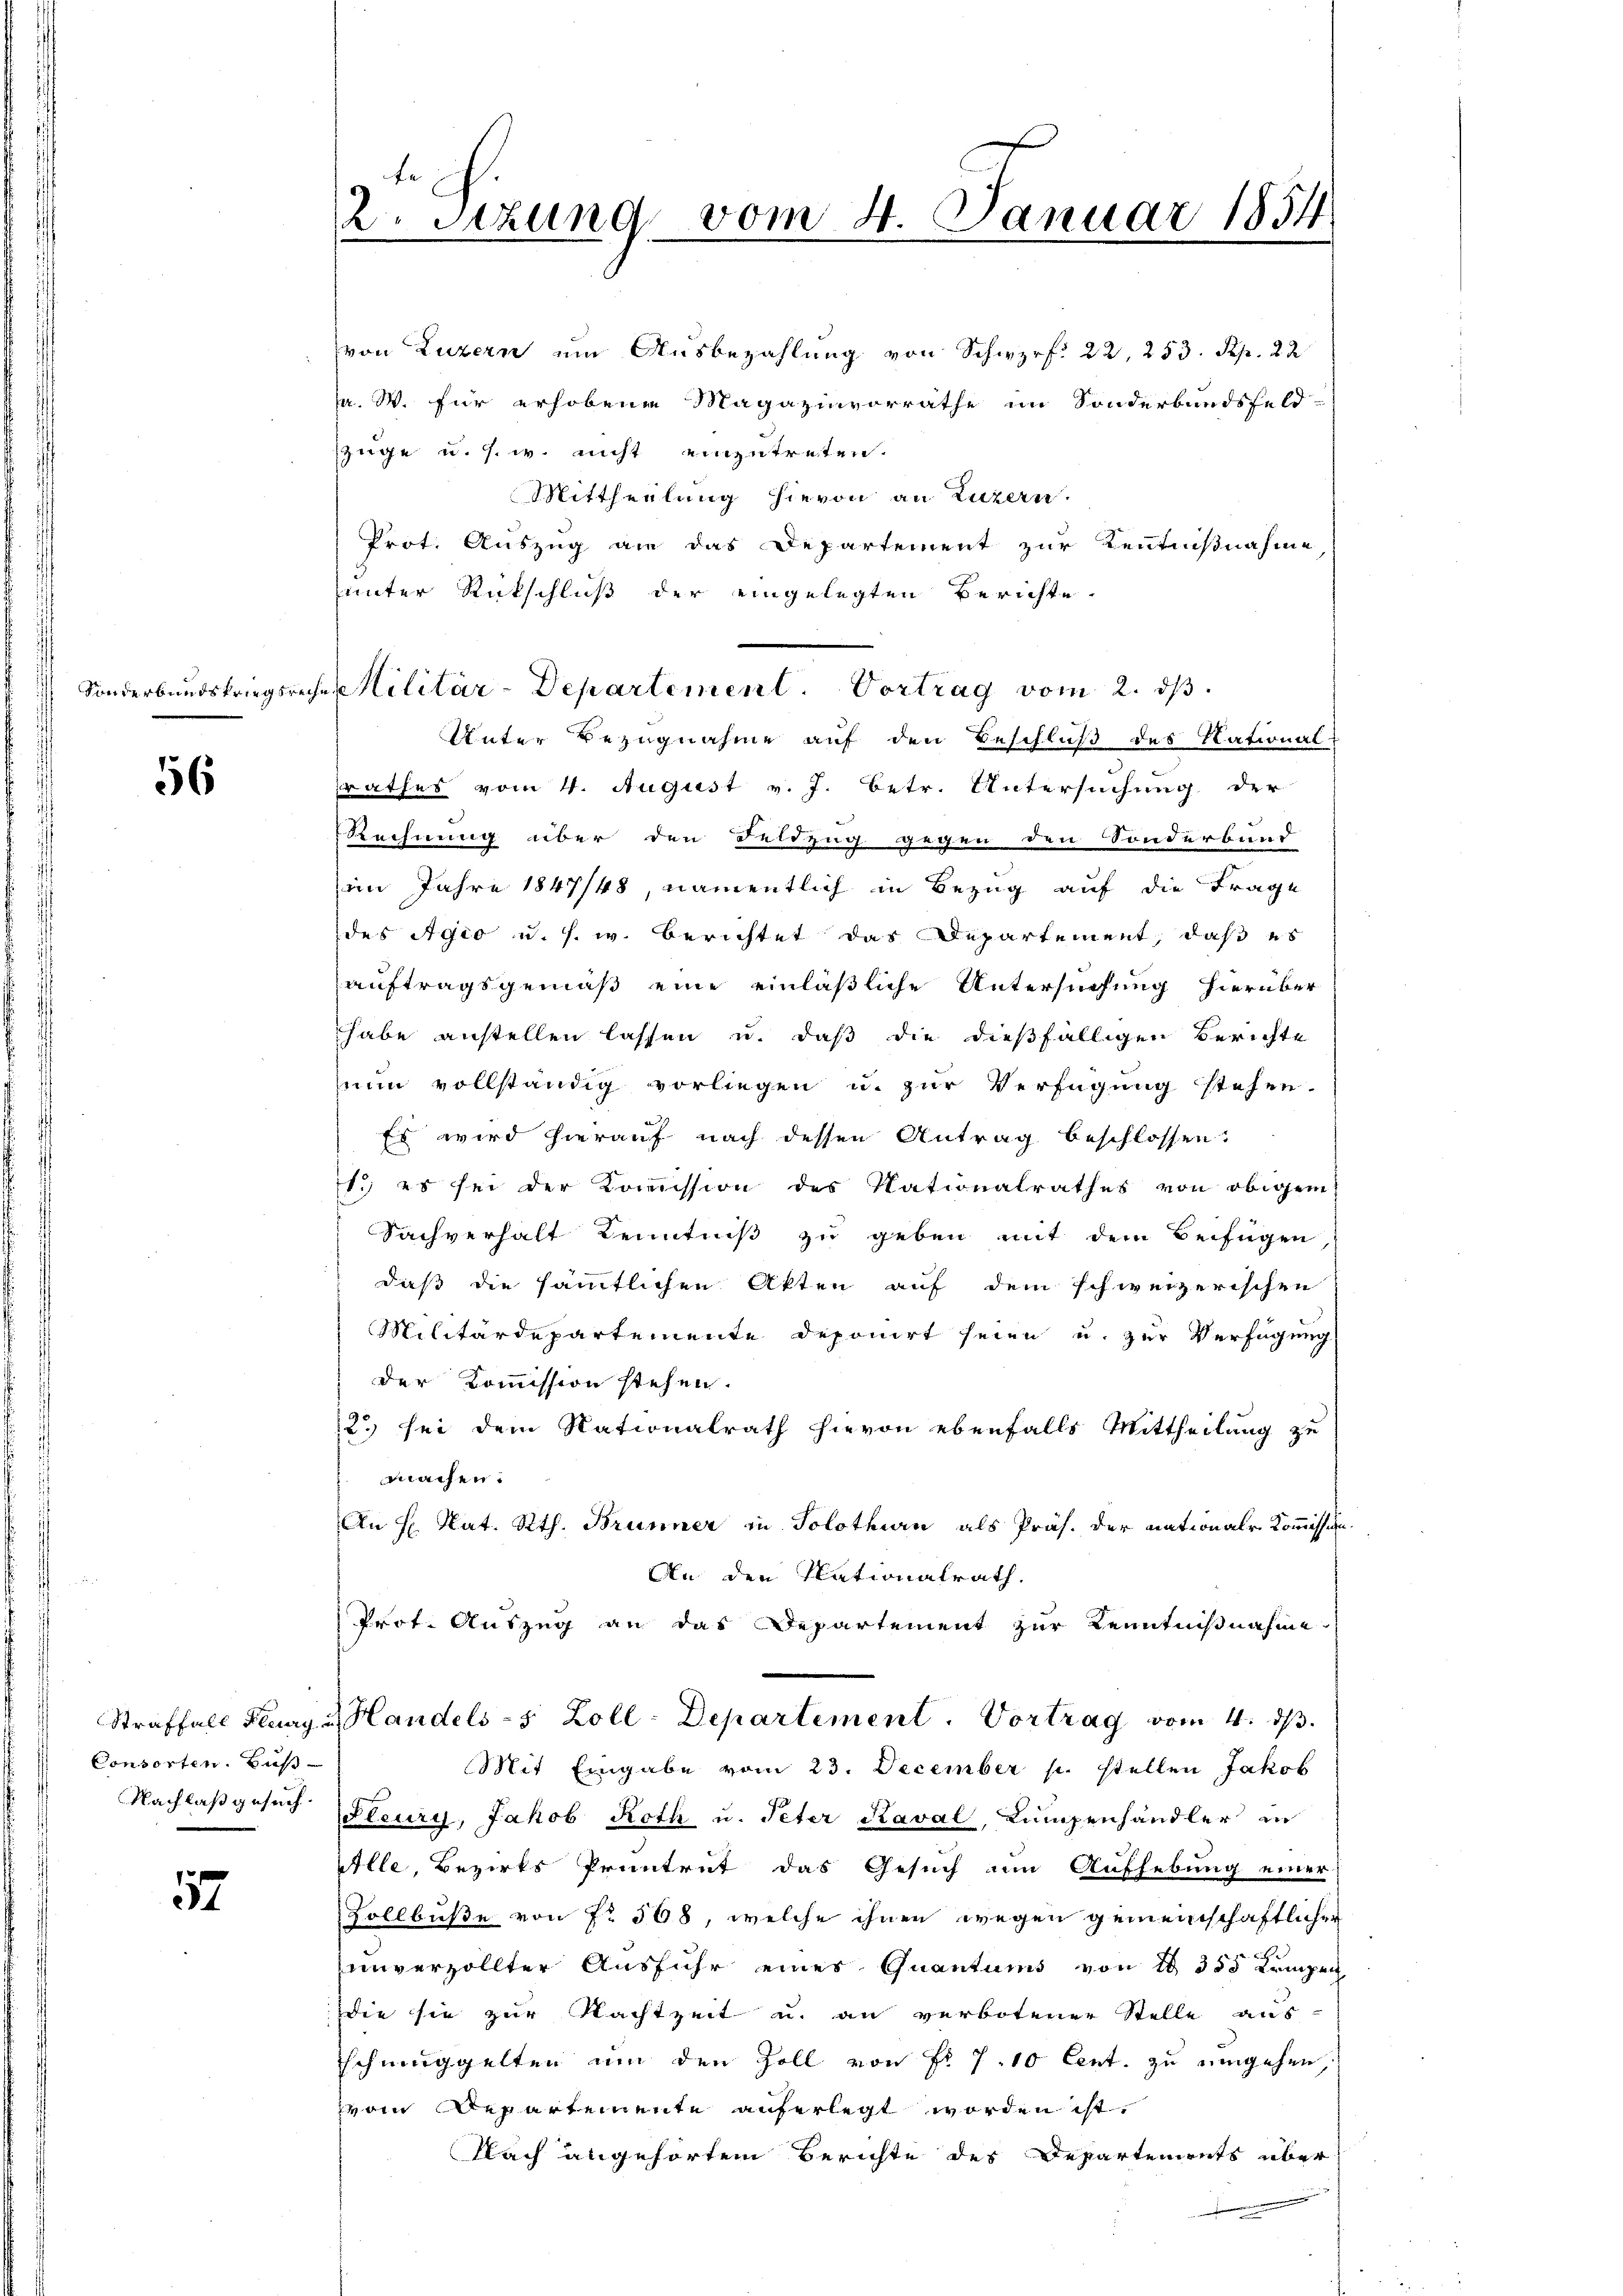
Sonderbundskriegsre

6

Consorten. Buß

57

te
2. Setzung vom 4. Januar 1854

Ja. W. für erhobene Magazinvorräthe im Sonderbundsfeld-
züge u. s. w. nicht einzutreten.
Mittheilung hievon an Luzern.
Prot. Auszug an das Departement zur Kenntnißnahme
unter Rückschluß der eingelegten Berichte
Unter Bezugnahme auf den Beschluß des Rational-
srathes vom 4. August v. J. betr. Untersuchung der
Rechnung über den Feldzug gegen den Sonderbund
im Jahre 1847/48, namentlich in Bezug auf die Frage
des Agio u. s. w. Berichtet das Departement, daß es
auftragsgemäß eine einläßliche Untersuchung hierüber
habe anstellen lassen u. daß die dießfälligen Berichte
num vollständig vorliegen u. zur Verfügung stehen.
Es wird hierauf nach dessen Antrag beschlossen:
1., es sei der Kommission des Nationalrathes von obigem
Sachverhalt Kenntniß zu geben mit dem Beifügen
daß die sämmtlichen Akten auf dem schweizerischen
Militärdepartemente deponirt seien u. zur Verfügung
der Kommission stehen.
2. sei dem Nationalrath hievon ebenfalls Mittheilung zu
machen.
An H Nat. Rth. Brunner in Solothurn als Präs. der nationale Kommission
An den Nationalrath.
Prot. Auszug an das Departement zur Kenntnißnahme
Straffall Flury u. Handels- 5 Zoll-Departement. Vortrag vom 4. ds.
Mit Eingabe vom 23. December p. stellen Jakob
Nachlaβgesŭch Steury, Jakob Roth u. Peter Kaval, Lumpenhändler in
Alle, Bezirks Pruntrut das Gesuch um Aufhebung einer
Vollbuße von fr. 568, welche ihnen wegen gemeinschaftlichen
unverzollter Ausfuhr eines Quantums von 10 355 Krmpen
die sie zur Nachtzeit u. an verbotener Stelle aus
schmuggelten um den Zoll von Fr. 7. 10 Cent. zu umgehen,
vom Repartemente auferlegt worden ist
Nach angehörten Berichte des Departements über¬

von Luzern um Ausbezahlung von Schwzrf. 22, 253. Rp. 22

iche Militär-Departement. Vortrag vom 2. ds.